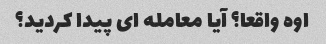
اوه واقعا؟ آیا معامله ای پیدا کردید؟